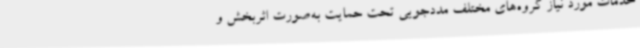
خدمات مورد نیاز گروه‌های مختلف مددجویی تحت حمایت به‌صورت اثربخش و